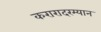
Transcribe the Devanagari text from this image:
करारादरम्यान